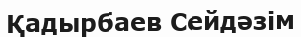
Қадырбаев Сейдәзім